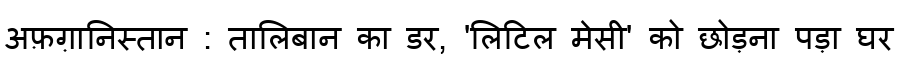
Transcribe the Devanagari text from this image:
अफ़ग़ानिस्तान : तालिबान का डर, 'लिटिल मेसी' को छोड़ना पड़ा घर